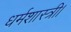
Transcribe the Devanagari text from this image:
धर्मशास्त्री।